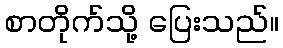
စာတိုက်သို့ ပြေးသည်။